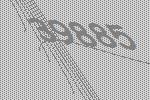
39885